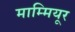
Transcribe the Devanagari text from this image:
माम्मियूर